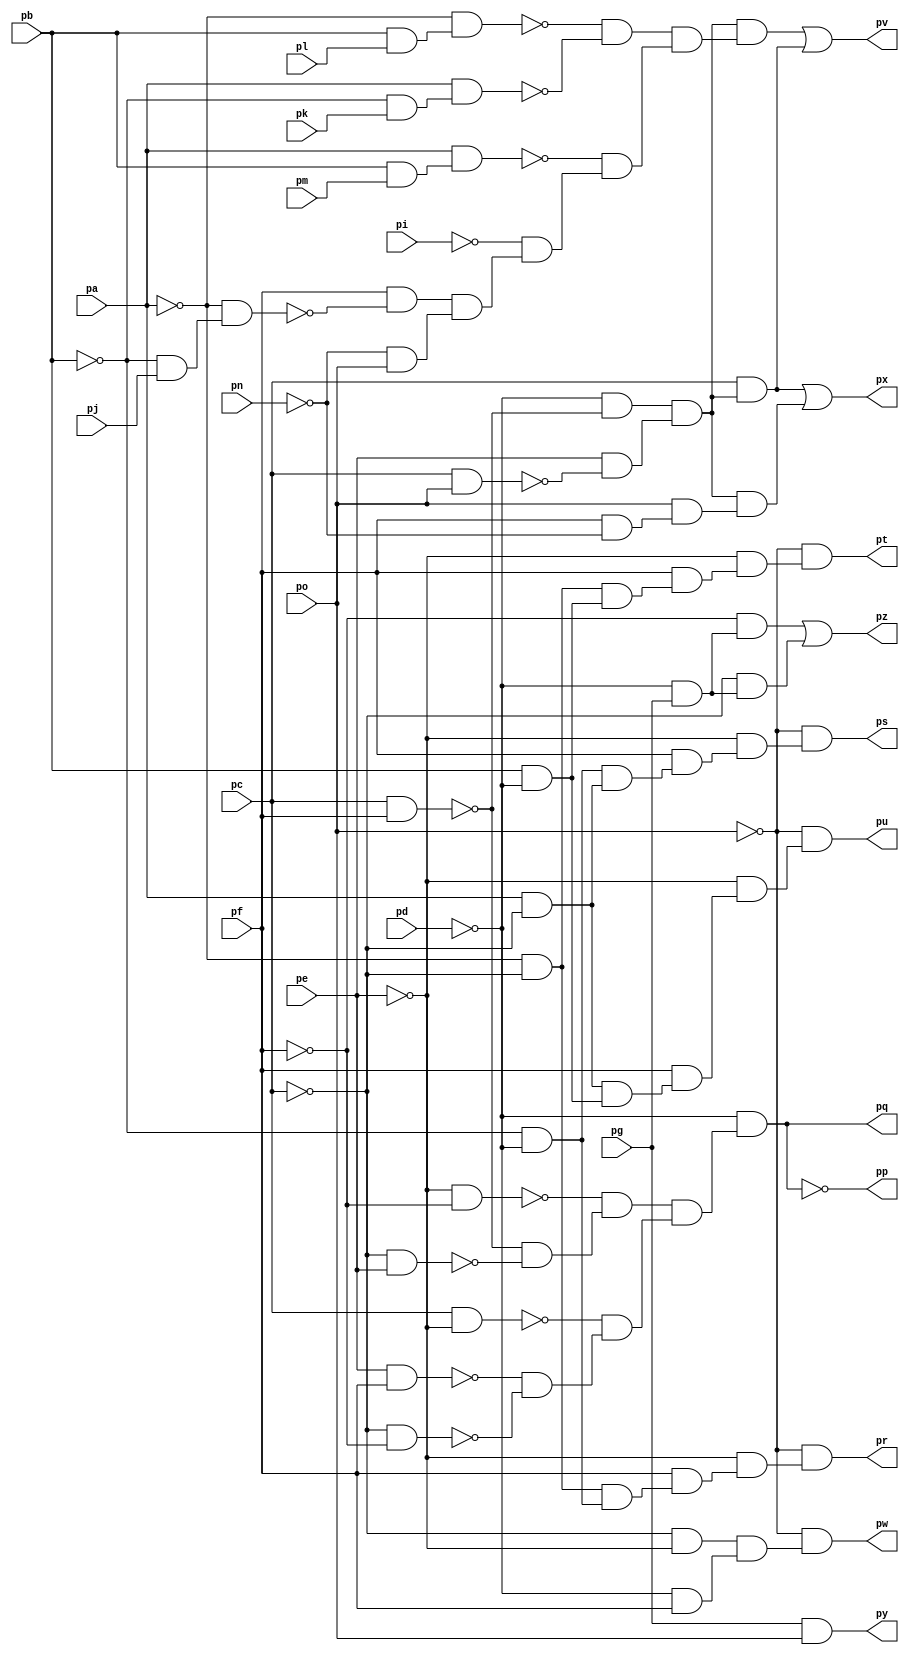
module top ( 
    pa, pb, pc, pd, pe, pf, pg, pi, pj, pk, pl, pm, pn, po,
    pp, pq, pr, ps, pt, pu, pv, pw, px, py, pz  );
  input  pa, pb, pc, pd, pe, pf, pg, pi, pj, pk, pl, pm, pn, po;
  output pp, pq, pr, ps, pt, pu, pv, pw, px, py, pz;
  wire new_n26_, new_n27_, new_n28_, new_n29_, new_n30_, new_n31_, new_n32_,
    new_n33_, new_n34_, new_n35_, new_n36_, new_n38_, new_n39_, new_n40_,
    new_n41_, new_n42_, new_n44_, new_n45_, new_n46_, new_n47_, new_n49_,
    new_n50_, new_n51_, new_n52_, new_n54_, new_n55_, new_n56_, new_n58_,
    new_n59_, new_n60_, new_n61_, new_n62_, new_n63_, new_n64_, new_n65_,
    new_n66_, new_n67_, new_n68_, new_n69_, new_n70_, new_n71_, new_n72_,
    new_n73_, new_n74_, new_n75_, new_n76_, new_n77_, new_n78_, new_n80_,
    new_n81_, new_n82_, new_n84_, new_n85_, new_n86_, new_n89_, new_n90_,
    new_n91_;
  assign new_n26_ = pe & pf;
  assign new_n27_ = ~pc & ~pf;
  assign new_n28_ = pc & ~pe;
  assign new_n29_ = pc & pf;
  assign new_n30_ = ~pc & pe;
  assign new_n31_ = ~pe & ~pf;
  assign new_n32_ = ~new_n29_ & ~new_n30_;
  assign new_n33_ = ~new_n31_ & new_n32_;
  assign new_n34_ = ~new_n26_ & ~new_n27_;
  assign new_n35_ = ~new_n28_ & new_n34_;
  assign new_n36_ = new_n33_ & new_n35_;
  assign pq = ~pd & new_n36_;
  assign new_n38_ = ~pa & ~pc;
  assign new_n39_ = ~pb & ~pd;
  assign new_n40_ = new_n38_ & new_n39_;
  assign new_n41_ = pf & new_n40_;
  assign new_n42_ = ~pe & new_n41_;
  assign pr = ~po & new_n42_;
  assign new_n44_ = pa & ~pc;
  assign new_n45_ = new_n39_ & new_n44_;
  assign new_n46_ = pf & new_n45_;
  assign new_n47_ = ~pe & new_n46_;
  assign ps = ~po & new_n47_;
  assign new_n49_ = pb & ~pd;
  assign new_n50_ = new_n38_ & new_n49_;
  assign new_n51_ = pf & new_n50_;
  assign new_n52_ = ~pe & new_n51_;
  assign pt = ~po & new_n52_;
  assign new_n54_ = new_n44_ & new_n49_;
  assign new_n55_ = pf & new_n54_;
  assign new_n56_ = ~pe & new_n55_;
  assign pu = ~po & new_n56_;
  assign new_n58_ = pc & po;
  assign new_n59_ = ~pd & ~new_n29_;
  assign new_n60_ = pe & ~new_n58_;
  assign new_n61_ = new_n59_ & new_n60_;
  assign new_n62_ = pb & pl;
  assign new_n63_ = ~pa & new_n62_;
  assign new_n64_ = ~pb & pk;
  assign new_n65_ = pa & new_n64_;
  assign new_n66_ = pb & pm;
  assign new_n67_ = pa & new_n66_;
  assign new_n68_ = ~pb & pj;
  assign new_n69_ = ~pa & new_n68_;
  assign new_n70_ = pf & ~new_n69_;
  assign new_n71_ = ~pn & po;
  assign new_n72_ = new_n70_ & new_n71_;
  assign new_n73_ = ~pi & new_n72_;
  assign new_n74_ = ~new_n63_ & ~new_n65_;
  assign new_n75_ = ~new_n67_ & new_n73_;
  assign new_n76_ = new_n74_ & new_n75_;
  assign new_n77_ = new_n61_ & new_n76_;
  assign new_n78_ = pc & new_n61_;
  assign pv = new_n77_ | new_n78_;
  assign new_n80_ = ~pc & ~pe;
  assign new_n81_ = ~pd & pf;
  assign new_n82_ = new_n80_ & new_n81_;
  assign pw = ~po & new_n82_;
  assign new_n84_ = pf & ~pn;
  assign new_n85_ = po & new_n84_;
  assign new_n86_ = new_n61_ & new_n85_;
  assign px = new_n78_ | new_n86_;
  assign py = pg & po;
  assign new_n89_ = ~pd & pg;
  assign new_n90_ = ~pf & new_n89_;
  assign new_n91_ = ~pc & new_n89_;
  assign pz = new_n90_ | new_n91_;
  assign pp = ~pq;
endmodule